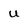
Character: u